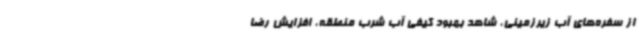
از سفره‌های آب زیرزمینی، شاهد بهبود کیفی آب شرب منطقه، افزایش رضا